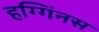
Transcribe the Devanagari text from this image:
हग्गिंनस